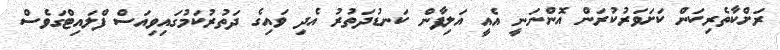
ރަށްކާތެރިކަން ކަށަވަރުކުރަން އޮންނަނީ އެއީ އަލިފާން ކަނޑުދަތުރު އެދި ވައިގެ ދަތުރުކަމުގައިވިއަސް ފްލައިޓްގަވެސް